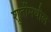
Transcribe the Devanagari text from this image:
श्रुतींमधील